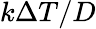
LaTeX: k\Delta T/D